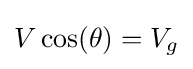
V\cos(\theta )=V_{g}